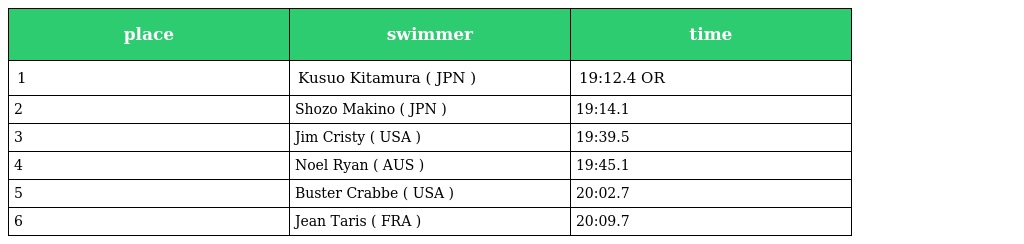
| place | swimmer | time |
 | --- | --- | --- |
 | 1 | Kusuo Kitamura ( JPN ) | 19:12.4 OR |
 | 2 | Shozo Makino ( JPN ) | 19:14.1 |
 | 3 | Jim Cristy ( USA ) | 19:39.5 |
 | 4 | Noel Ryan ( AUS ) | 19:45.1 |
 | 5 | Buster Crabbe ( USA ) | 20:02.7 |
 | 6 | Jean Taris ( FRA ) | 20:09.7 |